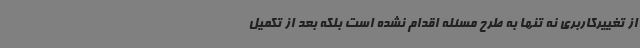
از تغییرکاربری نه ‌تنها به طرح مسئله اقدام نشده است بلکه بعد از تکمیل